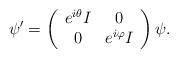
LaTeX: \begin{align*}\psi ^{\prime }=\left(\begin{array}{cc}e^{i\theta }I & 0 \\0 & e^{i\varphi }I\end{array}\right) \psi .\end{align*}